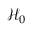
{ \mathcal { H } } _ { 0 }